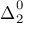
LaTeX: { \boldsymbol { \Delta } } _ { 2 } ^ { 0 }